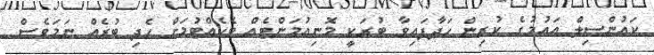
ކައުންސިލް އައުމުގެ ކުރިން ހަދާފައިވާ ބުރަކީ މޮނިއުމަންޓެއް ބެހެއްޓުމަށް ހެދި ބުރެއް ނަމަވެސް